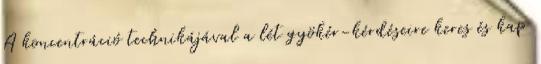
A koncentráció technikájával a lét gyökér-kérdéseire keres és kap